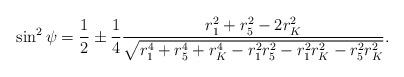
LaTeX: \begin{align*}\sin^2 {\psi} = \frac{1}{2} \pm \frac{1}{4} \frac{r_{1}^2 + r_{5}^2 -2 r_{K}^2 }{\sqrt{r_{1}^4 + r_{5}^4 + r_{K}^4 - r_{1}^2 r_{5}^2 - r_{1}^2 r_{K}^2 - r_{5}^2 r_{K}^2}}. \end{align*}